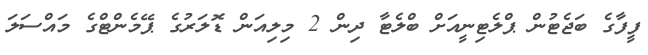
ފީފާގެ ބަޖެޓުން ޕްލެޓިނީއަށް ބްލެޓާ ދިން 2 މިލިއަން ޑޮލަރުގެ ޕޭމެންޓްގެ މައްސަލަ